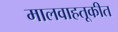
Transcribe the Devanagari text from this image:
मालवाहतूकीत